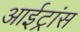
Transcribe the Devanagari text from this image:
आईट्रांस